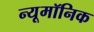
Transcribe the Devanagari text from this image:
न्यूमॉनिक